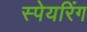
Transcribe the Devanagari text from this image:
स्पेयरिंग